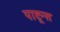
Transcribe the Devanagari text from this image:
पाष्टून्स